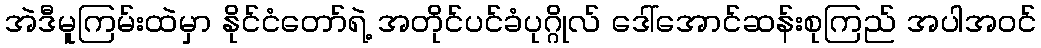
အဲဒီမူကြမ်းထဲမှာ နိုင်ငံတော်ရဲ့ အတိုင်ပင်ခံပုဂ္ဂိုလ် ဒေါ်အောင်ဆန်းစုကြည် အပါအဝင်